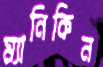
ম্যানিকিন